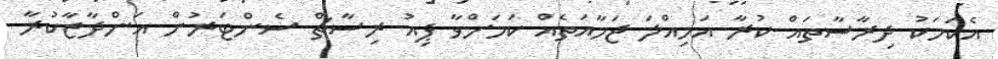
އެކަމަކު ދިރާސާތައް ކުރާ އަމިއްލަ ޖަމާއަތެއް ކަމަށްވާ ޕިއު ރިސާޗް ސެންޓަރުން އަންދާޒާކުރާ